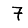
Digit: 7